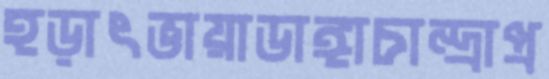
হড়াৎভায়াডাঙ্গাচান্দ্রাপ্র